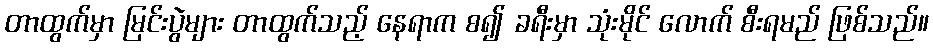
တာထွက်မှာ မြင်းပွဲများ တာထွက်သည့် နေရာက စ၍ ခရီးမှာ သုံးမိုင် လောက် စီးရမည် ဖြစ်သည်။